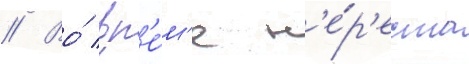
// Во́ вр'е́м'я н'е́р'еста